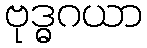
ဗုဒ္ဓဂယာ